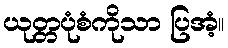
ယုတ္တပုံစံကိုသာ ပြအံ့။